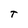
Character: T